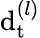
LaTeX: \mathrm{d}_{\mathrm{{t}}}^{(l)}